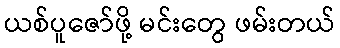
ယစ်ပူဇော်ဖို့ မင်းတွေ ဖမ်းတယ်